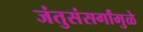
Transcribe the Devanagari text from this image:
जंतुसंसर्गांमुळे